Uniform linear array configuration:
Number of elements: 24
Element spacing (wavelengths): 0.75
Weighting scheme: exponential
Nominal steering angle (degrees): -30
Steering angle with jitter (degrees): -30.131
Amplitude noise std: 0.05
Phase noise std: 0.05

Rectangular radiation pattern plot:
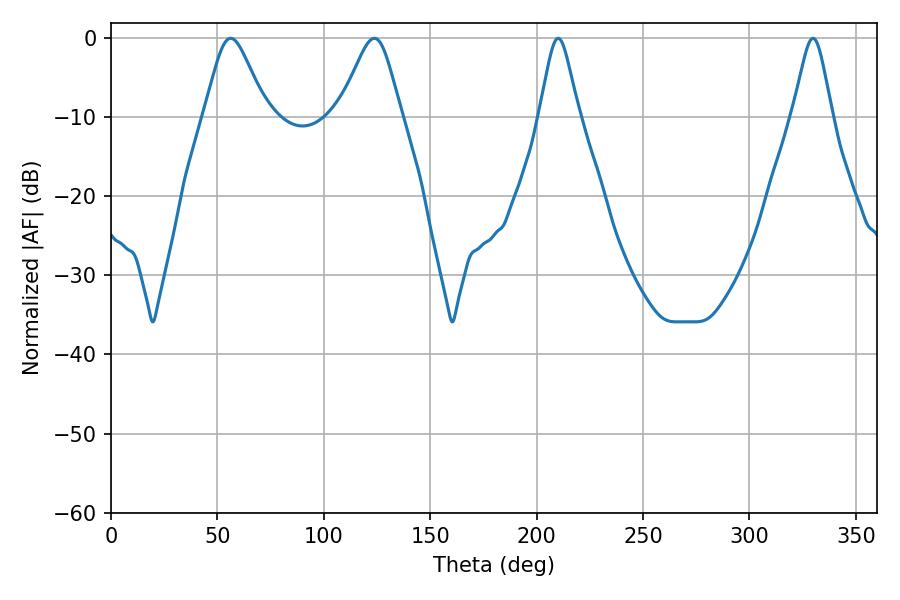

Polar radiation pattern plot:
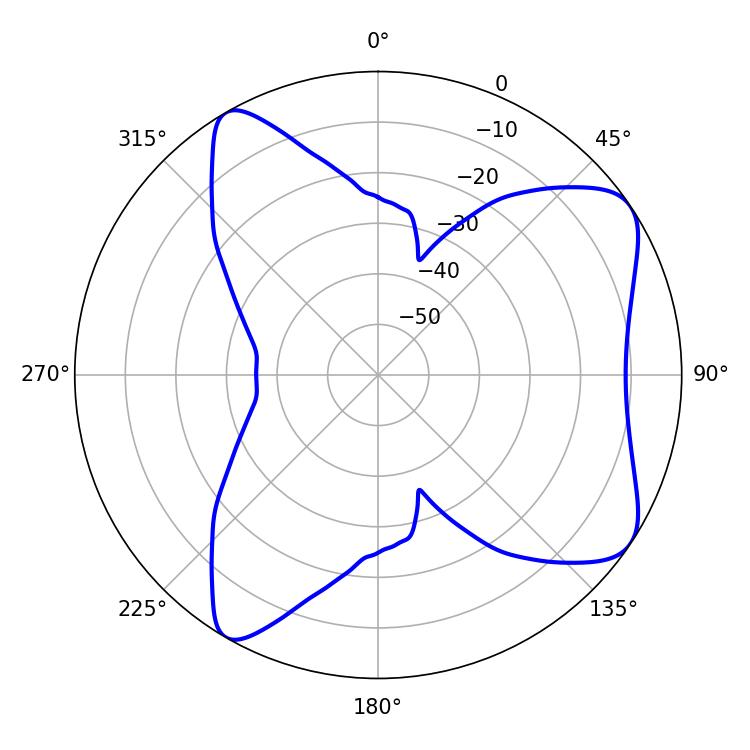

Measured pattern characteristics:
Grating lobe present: TRUE
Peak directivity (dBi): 7.68
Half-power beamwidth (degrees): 14.22
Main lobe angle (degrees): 56.16